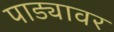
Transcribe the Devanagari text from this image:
पाड्यावर